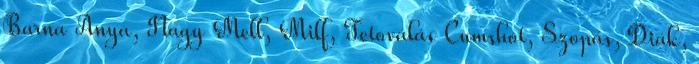
Barna Anya, Nagy Mell, Milf, Tetoválás Cumshot, Szopás, Diák,